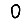
Digit: 0